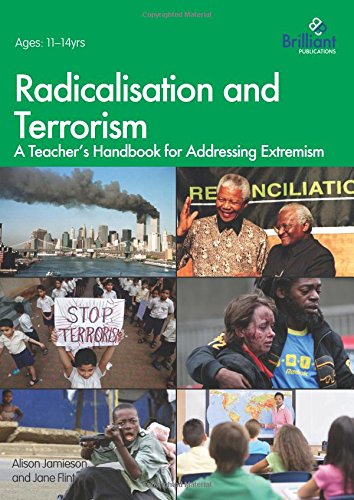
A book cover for Radicalisation and Terrorism: A Teacher's Handbook for Addressing Extremism; Alison Jamieson; Test Preparation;